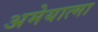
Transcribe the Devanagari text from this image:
अमेयात्मा